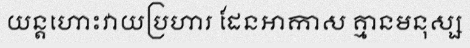
យន្តហោះវាយប្រហារ ដែនអាកាស គ្មានមនុស្ស